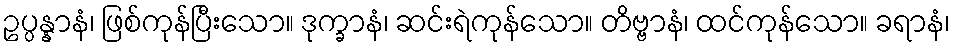
ဥပ္ပန္နာနံ၊ ဖြစ်ကုန်ပြီးသော။ ဒုက္ခာနံ၊ ဆင်းရဲကုန်သော။ တိဗ္ဗာနံ၊ ထင်ကုန်သော။ ခရာနံ၊